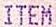
ITEM